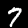
Digit: 7